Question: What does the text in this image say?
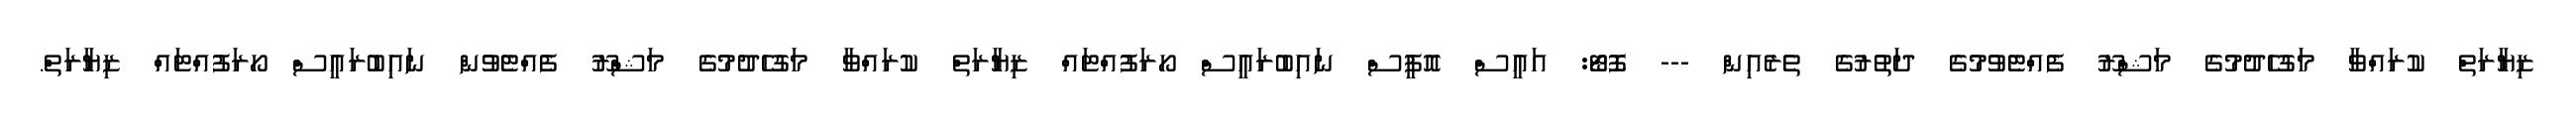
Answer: ޒިޔާރަތް ކުރައްވާ މަގުހެދުމުގެ މަޝްރޫ ފެއްޓެވުމުގެ ދަތުރުގެ ތެރެއިން --- ފޮޓޯ: އައީސް އޮފީސް ނައިބުރައީސް ހޯރަފުއްޓައް ޒިޔާރަތް ކުރައްވާ މަގުހެދުމުގެ މަޝްރޫ ފެއްޓެވުން ނައިބުރައީސް ހޯރަފުއްޓައް ޒިޔާރަތް.